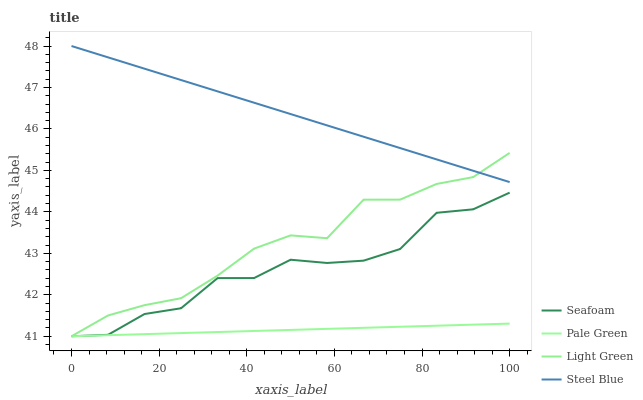
| xaxis_label | Seafoam | Pale Green | Light Green | Steel Blue |
 | --- | --- | --- | --- | --- |
 | 0 | 41 | 41 | 41 | 48 |
 | 8.33 | 41 | 41 | 41.5 | 47.7 |
 | 16.7 | 41.5 | 41.1 | 41.7 | 47.5 |
 | 25 | 41.7 | 41.1 | 41.9 | 47.2 |
 | 33.3 | 42.4 | 41.1 | 42.5 | 46.9 |
 | 41.7 | 42.4 | 41.1 | 43.1 | 46.6 |
 | 50 | 42.8 | 41.2 | 43.4 | 46.4 |
 | 58.3 | 42.8 | 41.2 | 43.4 | 46.1 |
 | 66.7 | 42.8 | 41.2 | 44.3 | 45.8 |
 | 75 | 43.1 | 41.2 | 44.3 | 45.5 |
 | 83.3 | 44 | 41.3 | 44.7 | 45.3 |
 | 91.7 | 44.1 | 41.3 | 44.8 | 45 |
 | 100 | 44.5 | 41.3 | 45.4 | 44.7 |